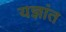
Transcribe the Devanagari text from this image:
यज्ञांत